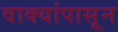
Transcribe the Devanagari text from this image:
वाक्यांपासून